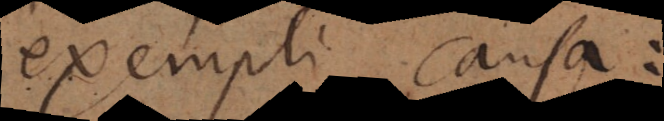
exempli causa: